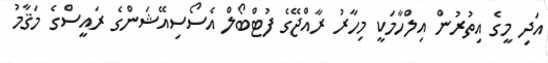
އަދި މީގެ އިތުރުން އިލްހާމަކީ މިހާރު ރާއްޖޭގެ ފުޓްބޯލް އެސޯސިއޭޝަންގެ ރައީސްގެ މަޤާމު